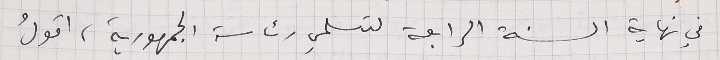
في نهاية السنة الرابعة لتسلمي رئاسة الجمهورية، اقولُ